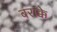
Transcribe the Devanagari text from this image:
बराक्के